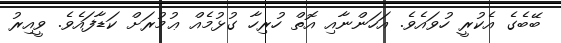
ބޭބެގެ އެކުރީ ހުވައެވެ. އަހަންނާއި އޮތް ހުރިހާ ގުޅުމެއް ޢުމުރަށް ކަޑާފައެވެ. ވީއިރު